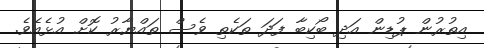
އިތުރުން ޕުޑިން އަދި ބޯކިބާ ފަދަ ތަކެތި ވެސް ތައްޔާރު ކޮށް އުޅެއެވެ.